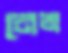
নেতা